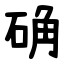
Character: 确